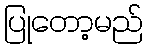
ပြုတော့မည်